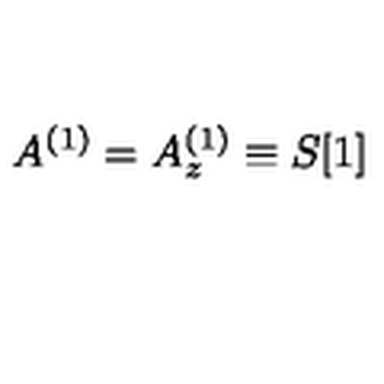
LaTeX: A ^ { ( 1 ) } = A _ { z } ^ { ( 1 ) } \equiv S [ 1 ]